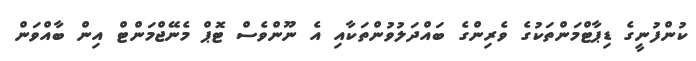
ކުންފުނީގެ ޑިޕާޓްމަންތަކުގެ ވެރިންގެ ބައްދަލުވުންތަކާއި އެ ނޫންވެސް ޓޮޕް މެނޭޖްމަންޓް އިން ބާއްވަން